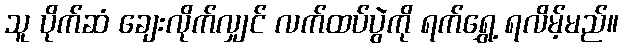
သူ ပိုက်ဆံ ချေးလိုက်လျှင် လက်ထပ်ပွဲကို ရက်ရွှေ့ ရလိမ့်မည်။